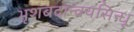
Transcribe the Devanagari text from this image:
भृशबदान्वयसिन्धू